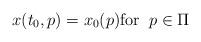
LaTeX: \begin{align*} x(t_0,p) = x_0(p) \mbox{for} \;\; p \in \Pi \end{align*}